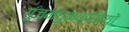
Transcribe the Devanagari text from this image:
गुंजमधुमक्खियों